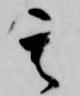
其